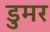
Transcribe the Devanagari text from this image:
डुमर